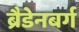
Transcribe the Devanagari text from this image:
ब्रैडेनबर्ग